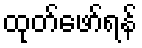
ထုတ်ဖော်ရန်